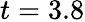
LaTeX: t=3.8